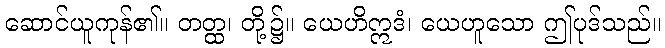
ဆောင်ယူကုန်၏။ တတ္ထ၊ တို့၌။ ယေဟိဣဒံ၊ ယေဟူသော ဤပုဒ်သည်။